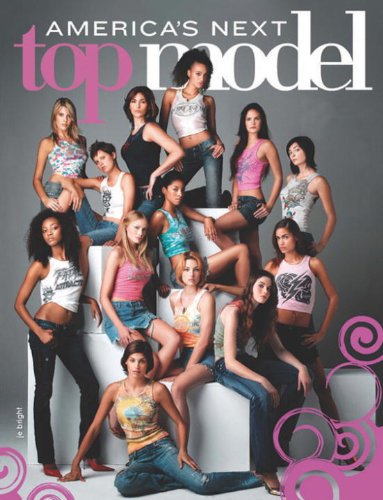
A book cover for America's Next Top Model: Fierce Guide to Life: The Ultimate Source of Beauty, Fashion, and Model Behavior; J.E. Bright; Arts & Photography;